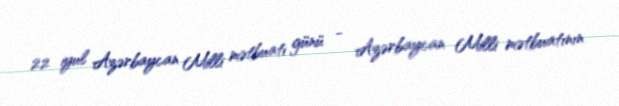
22 iyul Azərbaycan Milli mətbuatı günü - Azərbaycan Milli mətbuatının